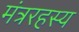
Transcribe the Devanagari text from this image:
मंत्ररहस्य